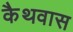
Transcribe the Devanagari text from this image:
कैथवास